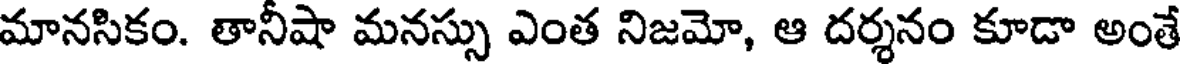
మానసికం. తానీషా మనస్సు ఎంత నిజమో, ఆ దర్శనం కూడా అంతే